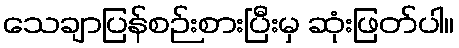
သေချာပြန်စဉ်းစားပြီးမှ ဆုံးဖြတ်ပါ။